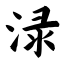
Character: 渌